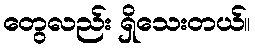
တွေလည်း ရှိသေးတယ်။